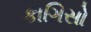
કાગિસો